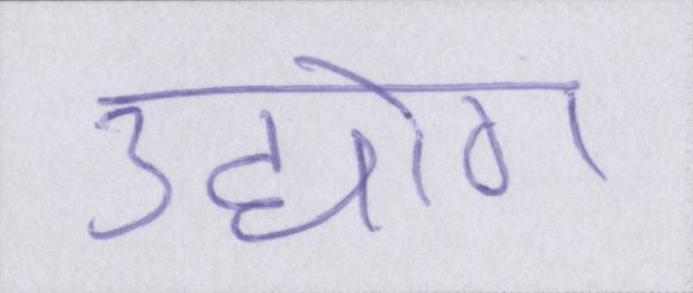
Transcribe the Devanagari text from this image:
उद्योग